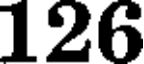
126